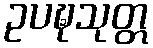
ဥပဍ္ဎသုတ္တ